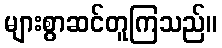
များစွာဆင်တူကြသည်။